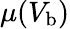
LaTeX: \mu(V_{\mathrm{b}})